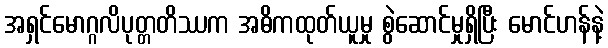
အရှင်မောဂ္ဂလိပုတ္တတိဿက အဓိကထုတ်ယူမှု စွဲဆောင်မှုရှိပြီး မောင်ဟန်နဲ့